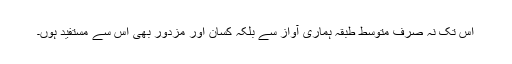
اس تک نہ صرف متوسط طبقہ ہماری آواز سے بلکہ کسان اور مزدور بھی اس سے مستفید ہوں۔